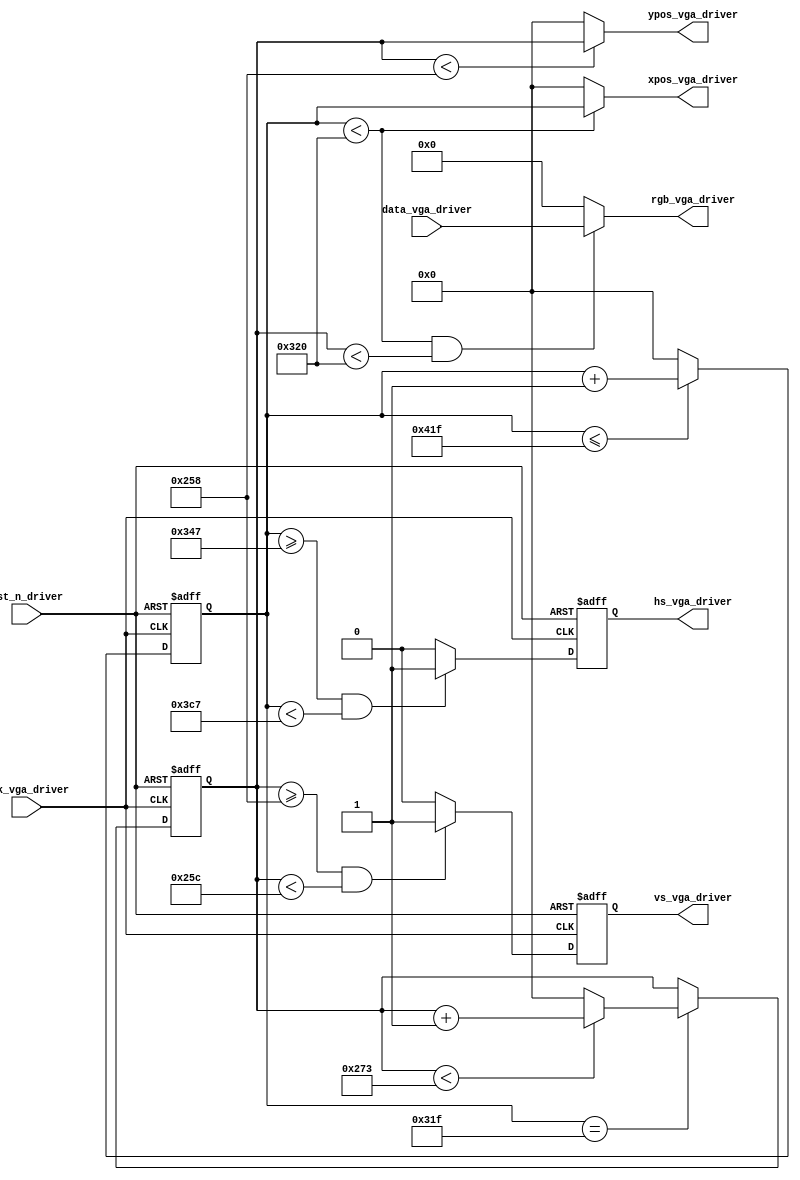
module driver_vga (
    input         clk_vga_driver,    //VGA
    input         rst_n_driver,     //
    input [15:0]  data_vga_driver,  //RGB565
    
    output [15:0] rgb_vga_driver,   //
    output reg    hs_vga_driver,    //VGA 
    output reg    vs_vga_driver,    //VGA 
    output [11:0] xpos_vga_driver,  // 
    output [11:0] ypos_vga_driver   // 
);

//+++++++++++++++++++++++++++++++++
//
//+++++++++++++++++++++++++++++++++
//640*480 60Hz 25.125MHz
/*parameter   H_DISP  = 12'd640; 
            H_FRONT = 12'd16 ;      
            H_SYNC  = 12'd96 ;    
            H_BACK  = 12'd48 ;      
            H_TOTAL = 12'd800;

            V_DISP  = 12'd480; 
            V_FRONT = 12'd10 ;    
            V_SYNC  = 12'd2  ;     
            V_BACK  = 12'd33 ;    
            H_TOTAL = 12'd525;*/ 
//800*600 60Hz 40MHz
parameter   H_DISP  = 12'd800 , 
            H_FRONT = 12'd40  ,      
            H_SYNC  = 12'd128 ,    
            H_BACK  = 12'd88  ,      
            H_TOTAL = 12'd1056,

            V_DISP  = 12'd600, 
            V_FRONT = 12'd1  ,    
            V_SYNC  = 12'd4  ,     
            V_BACK  = 12'd23 ,    
            V_TOTAL = 12'd628; 

//+++++++++++++++++++++++++++++++++
//  
//+++++++++++++++++++++++++++++++++
reg [11:0] hcnt;    //
always @(posedge clk_vga_driver or negedge rst_n_driver)
begin
   if (!rst_n_driver) begin
		hcnt <= 12'd0;
	end
    else begin
		if (hcnt <= H_TOTAL - 12'd1)   
			hcnt <= hcnt + 12'd1;
		else
			 hcnt <= 12'd0;
	end 
end

always @(posedge clk_vga_driver or negedge rst_n_driver)
begin
    if (!rst_n_driver)
        hs_vga_driver <= 1'b0;
    else
        begin
            if (hcnt >= H_DISP + H_FRONT - 12'd1 && hcnt < H_DISP +H_FRONT + H_SYNC - 12'd1)
                hs_vga_driver <= 1'b1;
            else
                hs_vga_driver <= 1'b0;
        end 
end 

reg [11:0] vcnt;
always @(posedge clk_vga_driver or negedge rst_n_driver)
begin
    if (!rst_n_driver)
        vcnt <= 12'd0;
    else if (hcnt == H_DISP - 12'd1) // 
        begin
            if (vcnt < V_TOTAL - 12'd1)
                vcnt <= vcnt + 12'd1;
            else 
                vcnt <= 12'd0;
        end 
    else 
        vcnt <= vcnt;
end

always @ (posedge clk_vga_driver or negedge rst_n_driver)
begin
    if (!rst_n_driver)
        vs_vga_driver <= 1'b0;
    else
        begin
            if (vcnt >= V_DISP + V_FRONT - 12'd1 && vcnt < V_DISP + V_FRONT + V_SYNC - 12'd1)
                vs_vga_driver <= 1'b1;
            else 
                vs_vga_driver <= 1'b0;
        end 
end 

//+++++++++++++++++++++++++++++++++
//
//+++++++++++++++++++++++++++++++++
assign xpos_vga_driver = (hcnt < H_DISP) ? hcnt : 12'd0;   
assign ypos_vga_driver = (vcnt < V_DISP) ? vcnt : 12'd0;   
assign rgb_vga_driver  = (hcnt < H_DISP && vcnt < H_DISP) ? data_vga_driver : 16'd0; 

endmodule